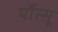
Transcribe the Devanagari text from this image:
र्योत्सू